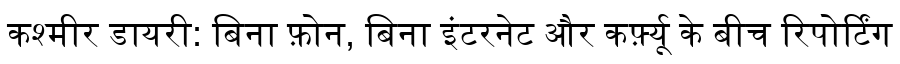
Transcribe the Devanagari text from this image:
कश्मीर डायरी: बिना फ़ोन, बिना इंटरनेट और कर्फ़्यू के बीच रिपोर्टिंग